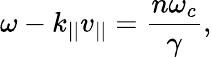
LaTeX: \omega-k_{||}v_{||}=\frac{n\omega_{c}}{\gamma},